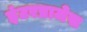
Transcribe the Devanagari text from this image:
इंटरप्राजेस